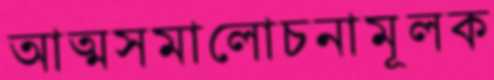
আত্মসমালোচনামূলক